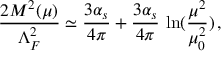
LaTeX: \frac { 2 M ^ { 2 } ( \mu ) } { \Lambda _ { F } ^ { 2 } } \simeq \frac { 3 \alpha _ { s } } { 4 \pi } + \frac { 3 \alpha _ { s } } { 4 \pi } \, \ln ( \frac { \mu ^ { 2 } } { \mu _ { 0 } ^ { 2 } } ) \, ,